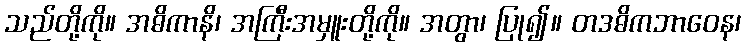
သည်တို့ကို။ အဓိကာနိ၊ အကြီးအမှူးတို့ကို။ အတွာ၊ ပြု၍။ တဒဓိကဘာဝေန၊